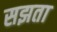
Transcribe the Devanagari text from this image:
सझता